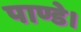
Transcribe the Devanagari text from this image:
पाण्डे।